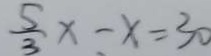
\frac { 5 } { 3 } x - x = 3 0